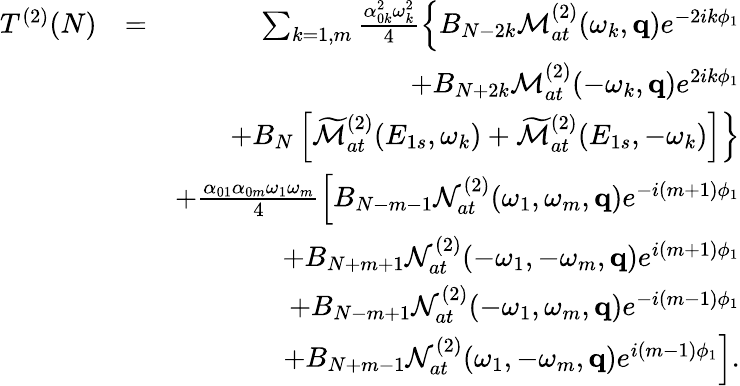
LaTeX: \begin{array}{rlr}{T^{(2)}(N)}&{=}&{\sum_{k=1,m}\frac{\alpha_{0k}^{2}\omega_{k}^{2}}{4}\left\{ B_{N-2k}{\cal M}_{at}^{(2)}(\omega_{k},\mathbf{q})e^{-2ik\phi_{1}}\right.}\\ &{}&{+B_{N+2k}{\cal M}_{at}^{(2)}(-\omega_{k},\mathbf{q})e^{2ik\phi_{1}}}\\ &{}&{\left.+B_{N}\left[\widetilde{\cal M}_{at}^{(2)}({E}_{1s},\omega_{k})+\widetilde{\cal M}_{at}^{(2)}({E}_{1s},-\omega_{k})\right]\right\} }\\ &{}&{+\frac{\alpha_{01}\alpha_{0m}\omega_{1}\omega_{m}}{4}\left[B_{N-m-1}{\cal N}_{at}^{(2)}(\omega_{1},\omega_{m},\mathbf{q})e^{-i(m+1)\phi_{1}}\right.}\\ &{}&{+B_{N+m+1}{\cal N}_{at}^{(2)}(-\omega_{1},-\omega_{m},\mathbf{q})e^{i(m+1)\phi_{1}}}\\ &{}&{+B_{N-m+1}{\cal N}_{at}^{(2)}(-\omega_{1},\omega_{m},\mathbf{q})e^{-i(m-1)\phi_{1}}}\\ &{}&{\left.+B_{N+m-1}{\cal N}_{at}^{(2)}(\omega_{1},-\omega_{m},\mathbf{q})e^{i(m-1)\phi_{1}}\right].}\end{array}